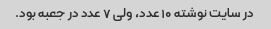
در سایت نوشته ۱۰ عدد، ولی ۷ عدد در جعبه بود.